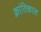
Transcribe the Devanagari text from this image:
क्रांतिकाल